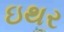
ઇથર